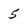
Character: 5